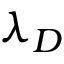
\lambda _ { D }